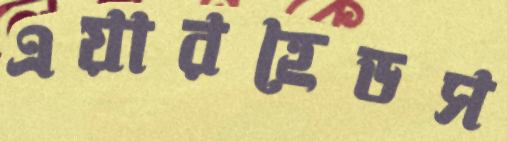
এয়ারহেডস